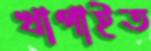
খাপাইত